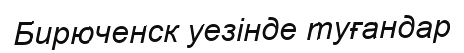
Бирюченск уезінде туғандар